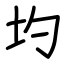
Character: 圴